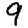
Digit: 9